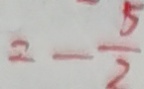
2 - \frac { 5 } { 2 }